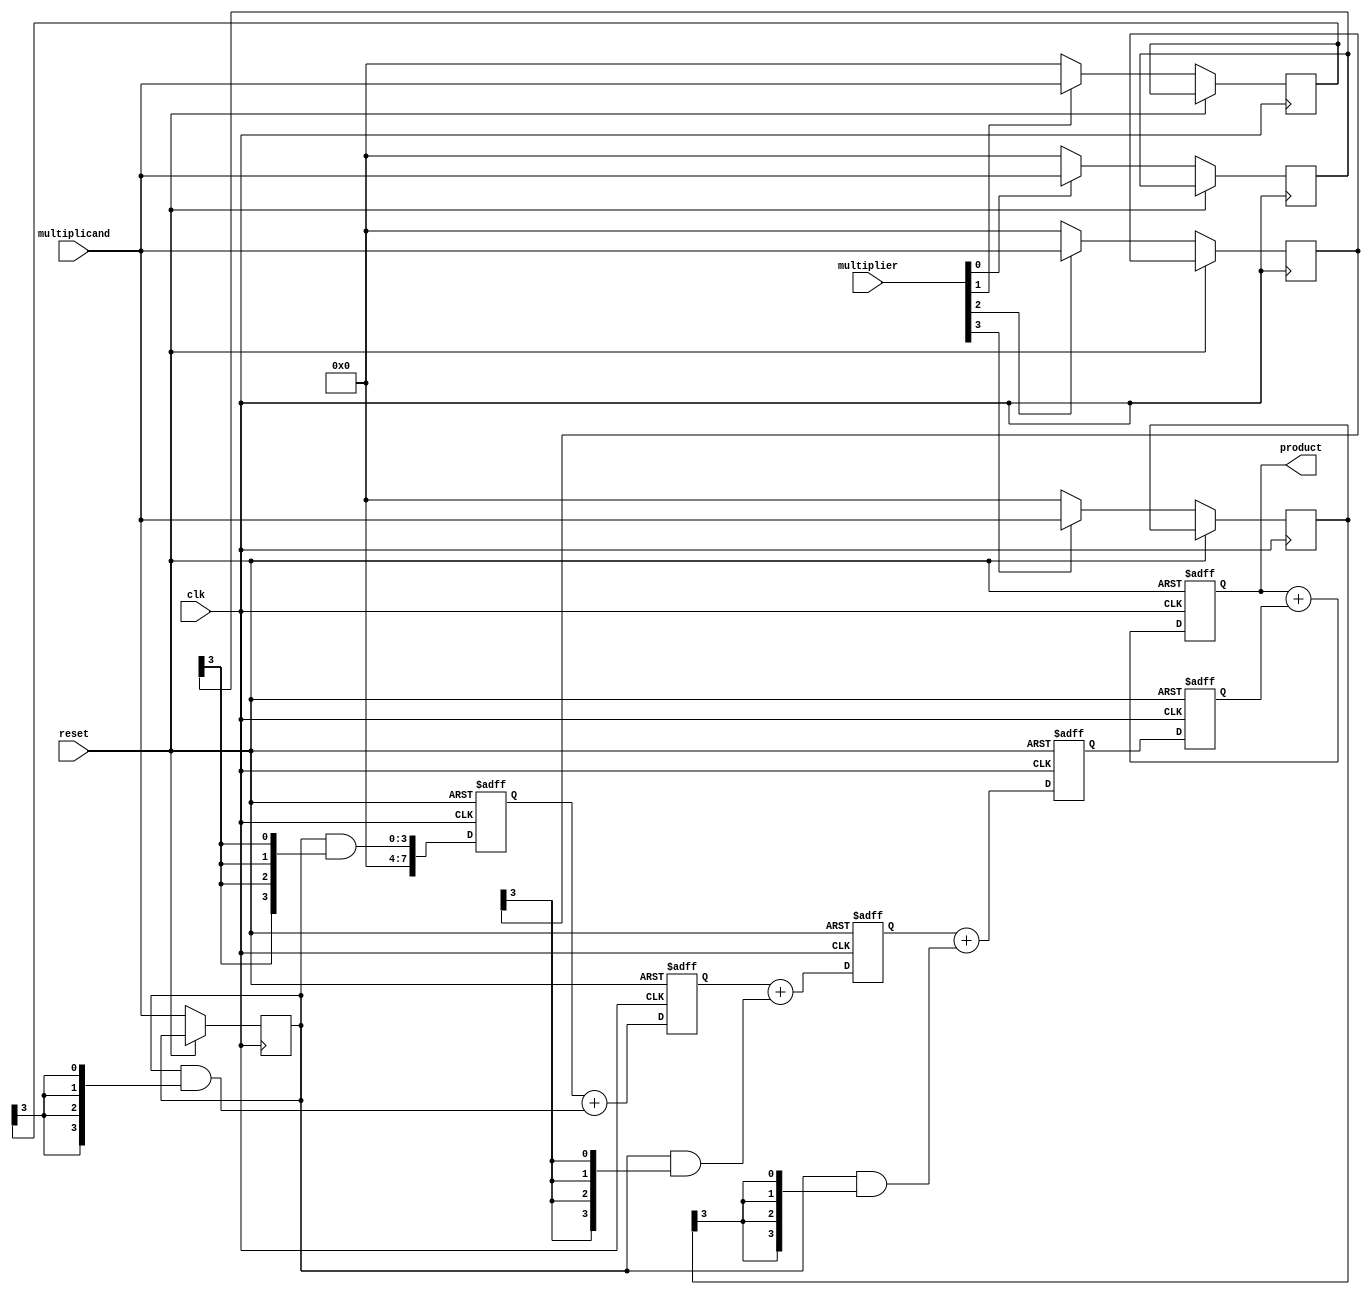
module systolic_multiplier #(
    parameter M = 4, // Number of bits in the multiplicand
    parameter N = 4  // Number of bits in the multiplier
)(
    input wire clk,
    input wire reset,
    input wire [M-1:0] multiplicand,
    input wire [N-1:0] multiplier,
    output reg [M+N-1:0] product
);

    // Processing Element (PE) definition
    reg [M-1:0] pe_multiplicand [0:N-1]; // Input to each PE
    reg [N-1:0] pe_multiplier [0:M-1];    // Input to each PE
    reg [M+N-1:0] pe_partial_product [0:M-1][0:N-1]; // Partial products
    reg [M+N-1:0] pe_accumulated [0:M-1]; // Accumulated results

    integer i, j;

    // Control logic for loading data into PEs
    always @(posedge clk or posedge reset) begin
        if (reset) begin
            product <= 0;
            for (i = 0; i < M; i = i + 1) begin
                pe_accumulated[i] <= 0;
                for (j = 0; j < N; j = j + 1) begin
                    pe_partial_product[i][j] <= 0;
                end
            end
        end else begin
            // Load multiplicand and multiplier into PEs
            for (i = 0; i < M; i = i + 1) begin
                pe_multiplicand[i] <= multiplicand;
            end
            
            for (j = 0; j < N; j = j + 1) begin
                pe_multiplier[j] <= multiplier[j] ? multiplicand : 0; // Only load if multiplier bit is set
            end

            // Systolic computation
            for (i = 0; i < M; i = i + 1) begin
                for (j = 0; j < N; j = j + 1) begin
                    if (j == 0) begin
                        pe_partial_product[i][j] <= pe_multiplicand[i] & {M{pe_multiplier[j][i]}}; // AND operation for partial product
                    end else begin
                        pe_partial_product[i][j] <= pe_partial_product[i][j-1] + (pe_multiplicand[i] & {M{pe_multiplier[j][i]}});
                    end
                end
            end
            
            // Accumulate results from the last column of PEs
            for (i = 0; i < M; i = i + 1) begin
                pe_accumulated[i] <= pe_partial_product[i][N-1];
            end
            
            // Final product accumulation
            product <= 0;
            for (i = 0; i < M; i = i + 1) begin
                product <= product + pe_accumulated[i];
            end
        end
    end
endmodule